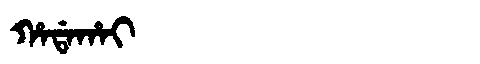
Manchu: ᡥᠠᡩᠠᡥᠠᡳ
Romanization: HADAHAI